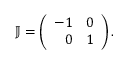
\mathbb { J } = \left( \begin{array} { r r } { - 1 } & { 0 } \\ { 0 } & { 1 } \end{array} \right) .